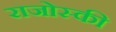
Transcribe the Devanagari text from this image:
राजोस्की